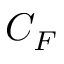
C _ { F }